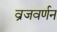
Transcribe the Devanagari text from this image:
व्रजवर्णन